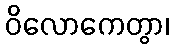
ဝိလောကေတွာ၊